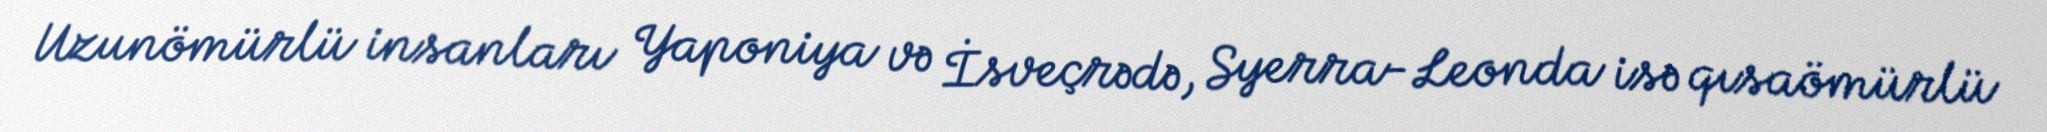
Uzunömürlü insanları Yaponiya və İsveçrədə, Syerra-Leonda isə qısaömürlü